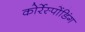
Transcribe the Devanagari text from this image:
कोर्रेस्पोंडिंग